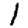
Digit: 1